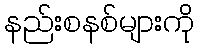
နည်းစနစ်များကို